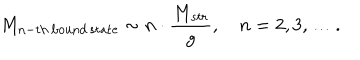
LaTeX: M _ { \mathrm { n - t h \, b o u n d \, s t a t e } } \sim n \cdot \frac { M _ { s t r } } { g } , \quad n = 2 , 3 , \ldots .